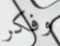
وفكر